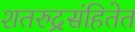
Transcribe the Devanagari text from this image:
शतरुद्रसंहितेत